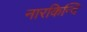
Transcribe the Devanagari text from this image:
नारकिन्दि